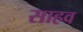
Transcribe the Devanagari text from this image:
साहव